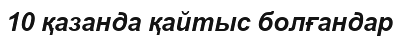
10 қазанда қайтыс болғандар